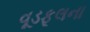
વૂડફૂલના